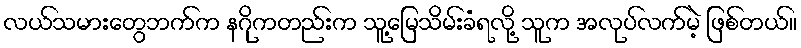
လယ်သမားတွေဘက်က နဂိုကတည်းက သူ့မြေသိမ်းခံရလို့ သူက အလုပ်လက်မဲ့ ဖြစ်တယ်။